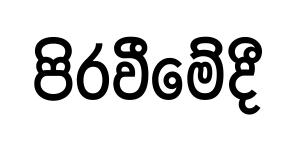
පිරවීමේදී